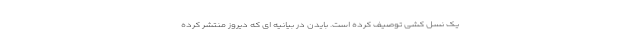
یک نسل کشی توصیف کرده است. بایدن در بیانیه ای که دیروز منتشر کرده